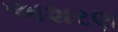
અશરણ